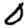
Digit: 0